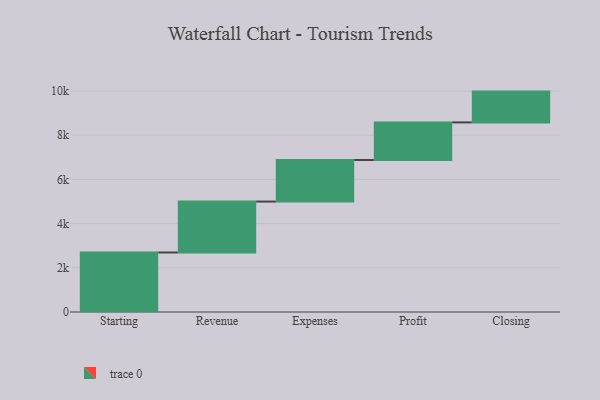
{"axis": {"x": "Step", "y": "Value"}, "legend": [""], "data": [{"x": "Starting", "y": 2694.0, "type": ""}, {"x": "Revenue", "y": 2304.0, "type": ""}, {"x": "Expenses", "y": 1882.0, "type": ""}, {"x": "Profit", "y": 1701.0, "type": ""}, {"x": "Closing", "y": 1394.0, "type": ""}]}